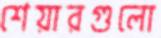
শেয়ারগুলো